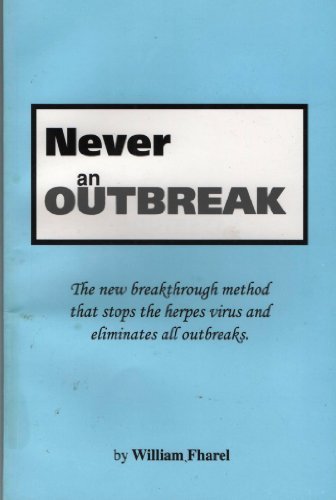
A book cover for Never an Outbreak: The New Breakthrough Method that Stops the Herpes Virus and Eliminates All Outbreaks; William Fharel; Health, Fitness & Dieting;